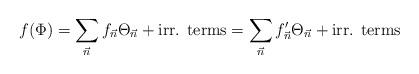
LaTeX: \begin{align*}f(\Phi)=\sum_{\vec n} f_{\vec n} \Theta_{\vec n}+\mbox{irr. terms}=\sum_{\vec n} f'_{\vec n} \Theta_{\vec n} + \mbox{irr. terms}\end{align*}